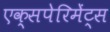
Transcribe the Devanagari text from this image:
एक्सपेरिमेंट्स